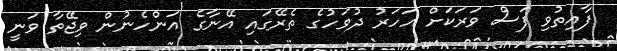
ފާއިތުވި ފަސް ވަރަކަށް އަހަރު ދުވަހުގެ ތެރޭގައި އޭނާގެ އަންހެނުން ވިޖޭތާ ވަނީ